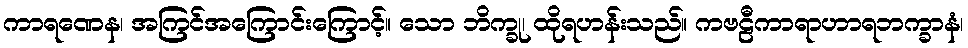
ကာရဏေန၊ အကြင်အကြောင်းကြောင့်။ သော ဘိက္ခု၊ ထိုရဟန်းသည်။ ကဗဠီကာရာဟာရဘက္ခာနံ၊